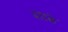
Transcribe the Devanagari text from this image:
दहाके